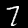
Label: 7